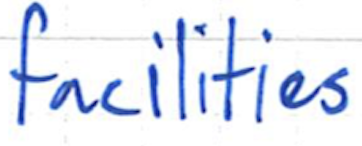
Text: facilities
Cross-out: clean
Writing tool: ballpoint